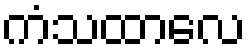
ကံသထာလေ